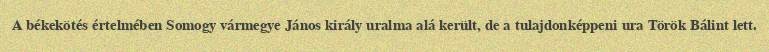
A békekötés értelmében Somogy vármegye János király uralma alá került, de a tulajdonképpeni ura Török Bálint lett.